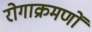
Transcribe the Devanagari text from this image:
रोगाक्रमणों